Annual administration report of the Civil Veterinary Department of India - 1910-1911
Year: 1910
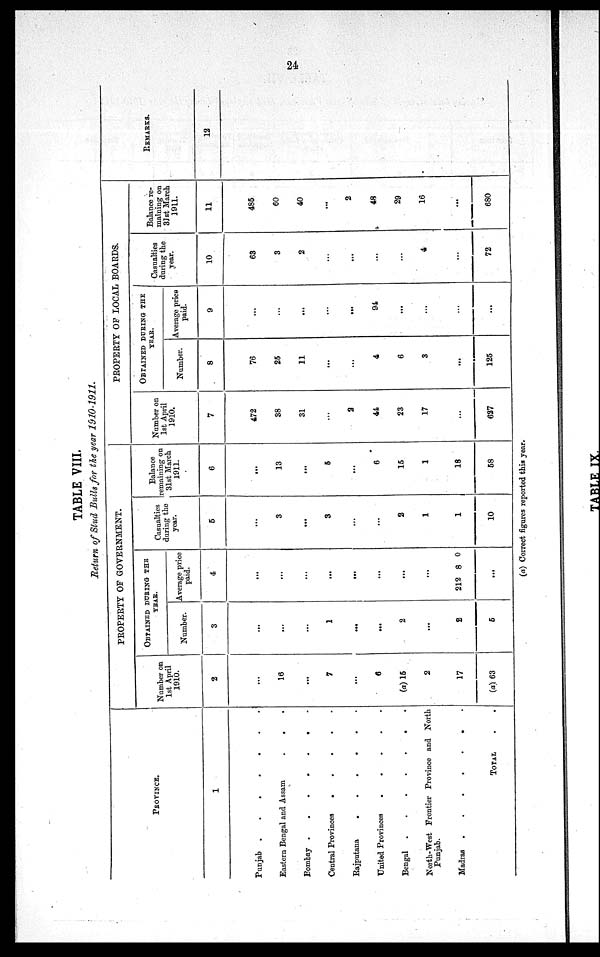
24
TABLE VIII.
Return of Stud Bulls for the year 1910-1911.
PROVINCE.
1
Punjab
.
.
.
.
.
.
.
Eastern Bengal and Assam
.
.
Bombay .
.
.
.
.
.
.
Central Provinces
.
.
.
.
.
Rajputana
.
.
.
.
.
.
United Provinces
.
.
.
.
.
Bengal
.
.
.
.
.
.
.
North-West Frontier Province and North
Punjab.
Madras
.
.
.
.
.
.
.
TOTAL . .
PROPERTY OF GOVERNMENT.
Number on
1st April
1910.
2
...
16
...
7
...
6
(a) 15
2
17
(a) 63
OBTAINED DURING THE
YEAR.
Number.
3
...
...
...
1
...
...
2
...
2
5
Average price
paid.
4
...
...
...
...
...
...
...
...
212 8 0
...
Casualties
during the
year.
5
...
3
...
3
...
...
2
1
1
10
Balance
remaining on
31st March
1911.
6
...
13
...
5
...
6
15
1
18
58
PROPERTY OF LOCAL BOARDS.
Number on
1st April
1910.
7
472
38
31
...
2
44
23
17
...
627
OBTAINED DURING THE
YEAR.
Number.
8
76
25
11
...
...
4
6
3
...
125
Average price
paid.
9
...
...
...
...
...
94
...
...
...
...
Casualties
during the
year.
10
63
3
2
...
...
...
...
4
...
72
Balance re-
maining on
31st March
1911.
11
485
60
40
...
2
48
29
16
...
680
REMARKS.
12
(a) Correct figures reported this year.